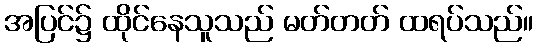
အပြင်၌ ထိုင်နေသူသည် မတ်တတ် ထရပ်သည်။